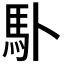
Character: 𩡭